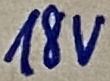
Text: 18V